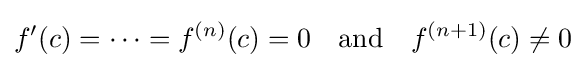
f'(c)=\cdots =f^{(n)}(c)=0\quad {\text{and}}\quad f^{(n+1)}(c)\neq 0